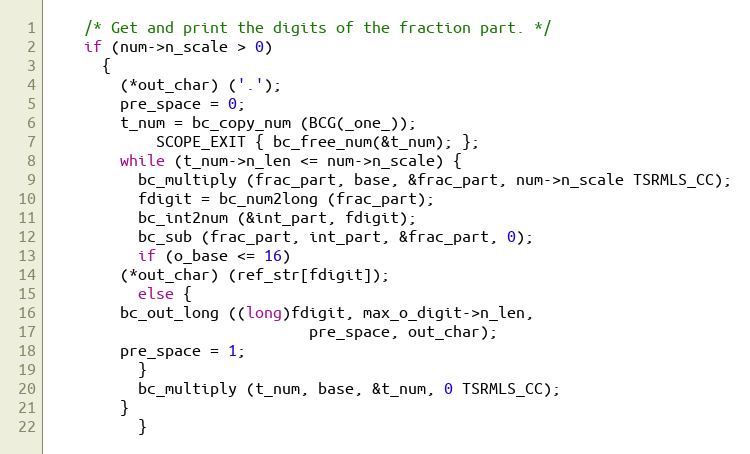
Language: C++
	/* Get and print the digits of the fraction part. */
	if (num->n_scale > 0)
	  {
	    (*out_char) ('.');
	    pre_space = 0;
	    t_num = bc_copy_num (BCG(_one_));
            SCOPE_EXIT { bc_free_num(&t_num); };
	    while (t_num->n_len <= num->n_scale) {
	      bc_multiply (frac_part, base, &frac_part, num->n_scale TSRMLS_CC);
	      fdigit = bc_num2long (frac_part);
	      bc_int2num (&int_part, fdigit);
	      bc_sub (frac_part, int_part, &frac_part, 0);
	      if (o_base <= 16)
		(*out_char) (ref_str[fdigit]);
	      else {
		bc_out_long ((long)fdigit, max_o_digit->n_len,
                             pre_space, out_char);
		pre_space = 1;
	      }
	      bc_multiply (t_num, base, &t_num, 0 TSRMLS_CC);
	    }
          }